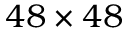
4 8 \times 4 8